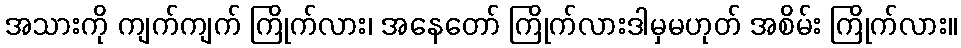
အသားကို ကျက်ကျက် ကြိုက်လား၊ အနေတော် ကြိုက်လားဒါမှမဟုတ် အစိမ်း ကြိုက်လား။